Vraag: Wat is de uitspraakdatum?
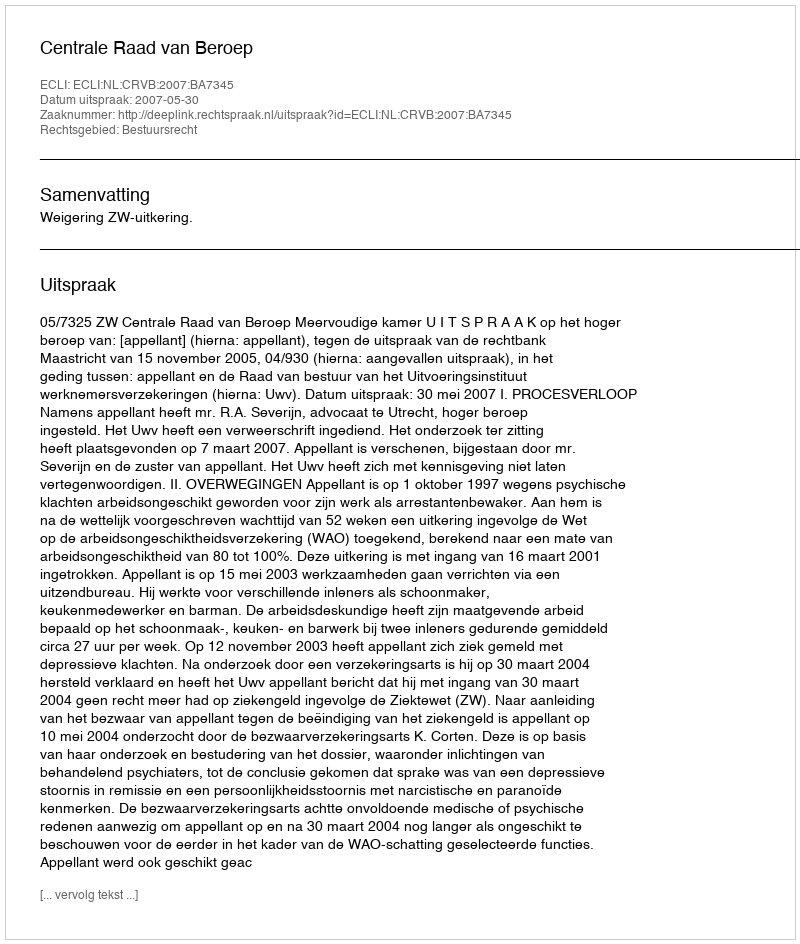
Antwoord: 2007-05-30